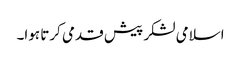
اسلامی لشکر پیش قدمی کرتا ہوا۔